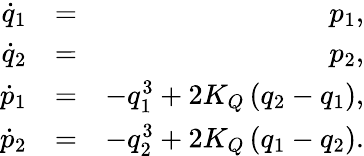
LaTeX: \begin{array}{rlr}{\dot{q}_{1}}&{=}&{p_{1},}\\ {\dot{q}_{2}}&{=}&{p_{2},}\\ {\dot{p}_{1}}&{=}&{-q_{1}^{3}+2K_{Q}\left(q_{2}-q_{1}\right),}\\ {\dot{p}_{2}}&{=}&{-q_{2}^{3}+2K_{Q}\left(q_{1}-q_{2}\right).}\end{array}